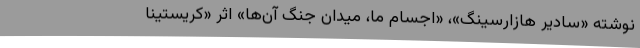
نوشته «سادیر هازارسینگ»، «اجسام ما، میدان جنگ ‌آن‌ها» اثر «کریستینا